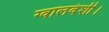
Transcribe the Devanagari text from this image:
ग्वालवंशी।